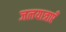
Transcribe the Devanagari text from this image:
जलयात्राएँ